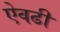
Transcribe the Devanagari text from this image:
ऐवढी